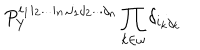
P _ { Y } ^ { i _ { 1 } i _ { 2 } . . . i _ { n } , j _ { 1 } j _ { 2 } . . . j _ { n } } \prod _ { k \in \omega } \delta _ { i _ { k } j _ { k } }